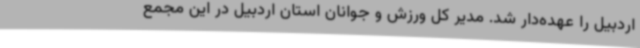
اردبیل را عهده‌دار شد. مدیر کل ورزش و جوانان استان اردبیل در این مجمع